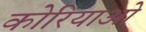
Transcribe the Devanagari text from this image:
कोरियाओ